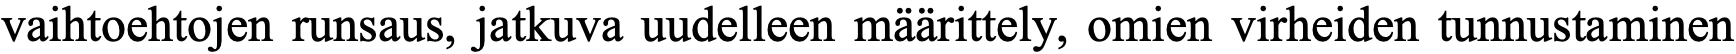
vaihtoehtojen runsaus, jatkuva uudelleen määrittely, omien virheiden tunnustaminen